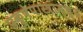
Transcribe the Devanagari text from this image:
प्रक्षेपास्त्रामध्ये